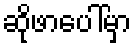
ဆိုဖာပေါ်မှာ